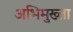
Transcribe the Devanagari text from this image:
अभिमुख्ता